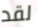
لقد